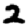
Digit: 2